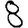
Digit: 8